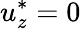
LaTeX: u_{z}^{*}=0